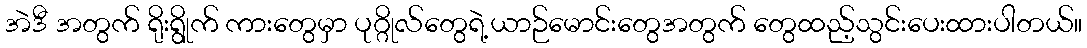
အဲဒီ အတွက် ရိုးရွိုက် ကားတွေမှာ ပုဂ္ဂိုလ်တွေရဲ့ယာဉ်မောင်းတွေအတွက် တွေထည့်သွင်းပေးထားပါတယ်။